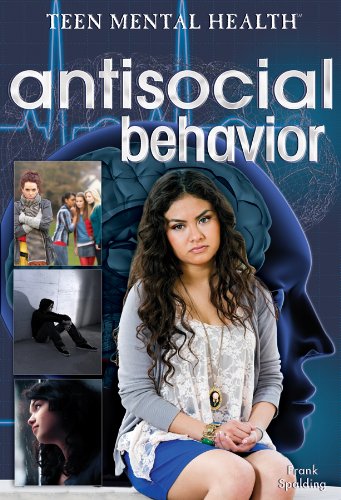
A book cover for Antisocial Behavior (Teen Mental Health); Frank Spalding; Teen & Young Adult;